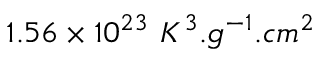
1 . 5 6 \times 1 0 ^ { 2 3 } \ K ^ { 3 } . g ^ { - 1 } . c m ^ { 2 }